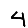
Digit: 4